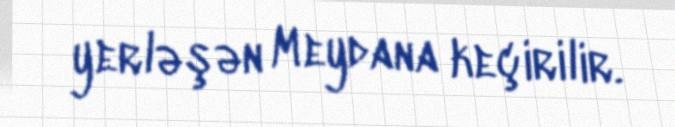
yerləşən Meydana keçirilir.